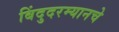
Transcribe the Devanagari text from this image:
बिंदुदरम्यानचे